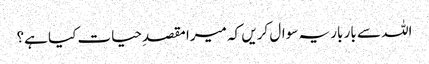
اللہ سے بار بار یہ سوال کریں کہ میرا مقصدِحیات کیا ہے؟